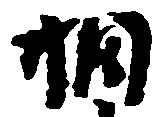
相